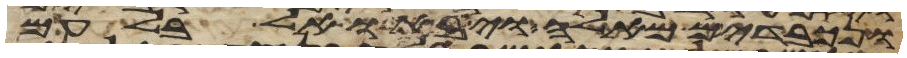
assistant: ונכבדים מאלה ויבאו אל בלעם